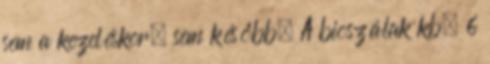
sem a kezeléskor, sem később. A bioszálak kb. 6